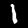
Label: 1